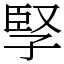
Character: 孯